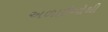
અળાઈઓથી